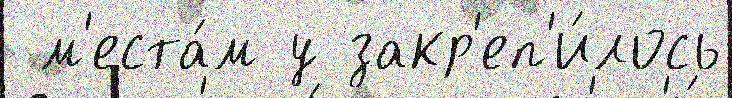
 м'еста́м у закр'еп'и́лось